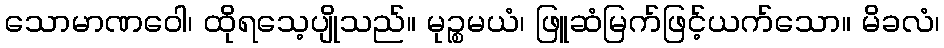
သောမာဏဝေါ၊ ထိုရသေ့ပျိုသည်။ မုဉ္စမယံ၊ ဖြူဆံမြက်ဖြင့်ယက်သော။ မိခလံ၊